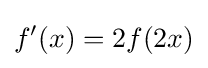
f'(x)=2f(2x)